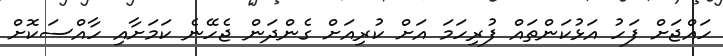
ހައްޖަށް ފަހު އަޅުކަންތައް ފުރިހަމަ އަށް ކުރިއަށް ގެންދަން ޖެހޭނެ ކަމަށާއި ހާއްސަކޮށް